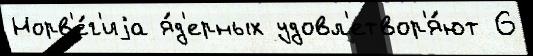
Норв'е́г'иjа я́д'ерных удовл'етвор'я́ют 6